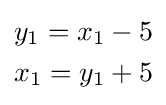
{\begin{aligned}y_{1}=x_{1}-5\\x_{1}=y_{1}+5\end{aligned}}